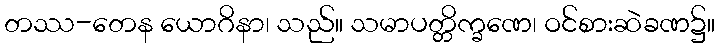
တဿ-တေန ယောဂိနာ၊ သည်။ သမာပတ္တိက္ခဏေ၊ ဝင်စားဆဲခဏ၌။